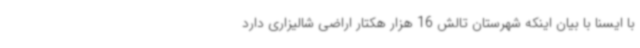
با ایسنا با بیان اینکه شهرستان تالش 16 هزار هکتار اراضی شالیزاری دارد